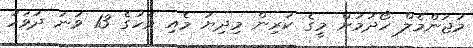
މުޖަންމެލް ހޯދުމަށް މީގެ ކުރިން މިދިޔަ މެއި މަހުގެ 13 ވަނަ ދުވަހު